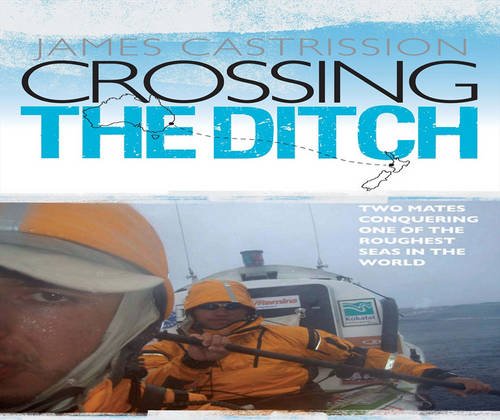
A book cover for Crossing the Ditch; James Castrission; Sports & Outdoors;